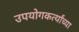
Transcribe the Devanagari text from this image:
उपयोगकर्त्यांच्या